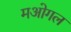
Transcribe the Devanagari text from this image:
मओगल